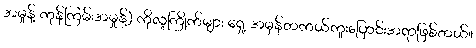
အမှုန့် ကုန်ကြမ်းအမှုန့်) ကိုလူကြိုက်များ ရှေ့ အမှန်တကယ်ကူးပြောင်းအရာဖြစ်တယ်။